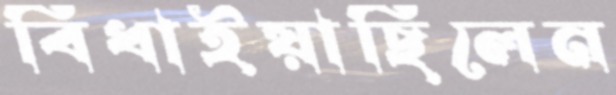
বিঁধাইয়াছিলেন